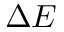
\Delta E